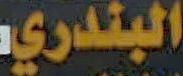
البندري